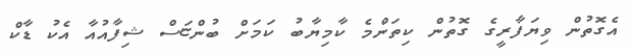
އެގޮތުން ވިޔަފާރީގެ ގޮތުން ކިތަންމެ ކާމިޔާބު ކަމަށް ބުންޏަސް ޝިފާއުއާ އެކު ޑާކް